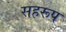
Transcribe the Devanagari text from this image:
सहरूप